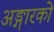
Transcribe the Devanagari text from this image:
अङ्गारको